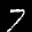
Label: 7